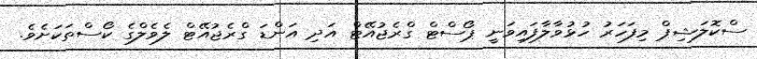
ސްކޮލަޝިޕް މިފަހަރު ހުޅުވާލާފައިވަނީ ޕޯސްޓް ގްރެޖުއޭޓް އަދި އަންޑަ ގްރެޖުއޭޓް ލެވެލްގެ ކޯސްތަކަށެވެ.